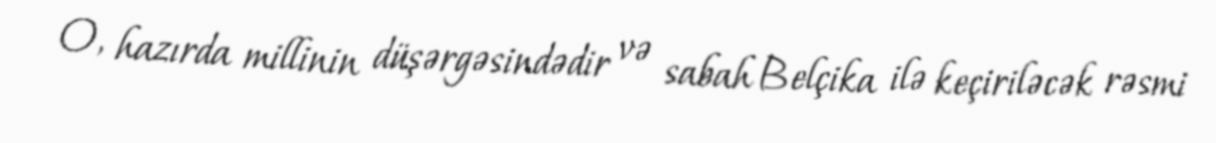
O, hazırda millinin düşərgəsindədir və sabah Belçika ilə keçiriləcək rəsmi